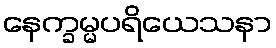
နေက္ခမ္မပရိယေသနာ